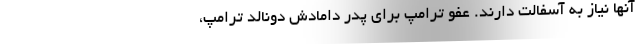
آنها نیاز به آسفالت دارند. عفو ترامپ برای پدر دامادش دونالد ترامپ،